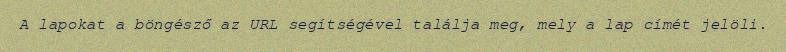
A lapokat a böngésző az URL segítségével találja meg, mely a lap címét jelöli.